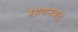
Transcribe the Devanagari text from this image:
सायनवाद